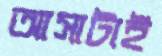
আসাটাই